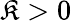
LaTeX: \mathfrak{K}>0